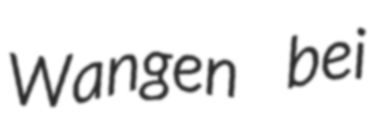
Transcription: Wangen bei